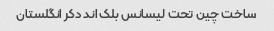
ساخت چین تحت لیسانس بلک اند دکر انگلستان